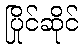
ပြိုင်ဆိုင်